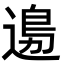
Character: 𨕙